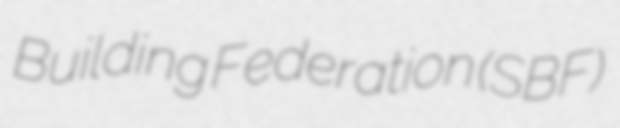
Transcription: Building Federation (SBF)